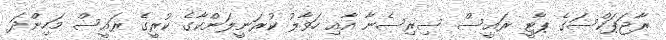
ރާޖަޕަކްސަގެ ޕާޓީ ރައީސް ސިރިސެނާ އާއި ހަވާލު ކުރަނީލަންކާގެ ކުރީގެ ރައީސް މަހިންދަ